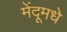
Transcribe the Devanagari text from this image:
मेंदूमधे